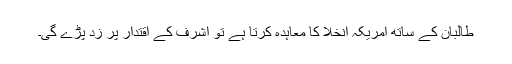
طالبان کے ساتھ امریکہ انخلا کا معاہدہ کرتا ہے تو اشرف کے اقتدار پر زد پڑے گی۔